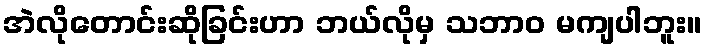
အဲလိုတောင်းဆိုခြင်းဟာ ဘယ်လိုမှ သဘာဝ မကျပါဘူး။